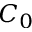
C _ { 0 }